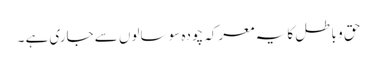
حق و باطل کا یہ معرکہ چودہ سو سالوں سے جاری ہے ۔